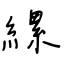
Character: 縲